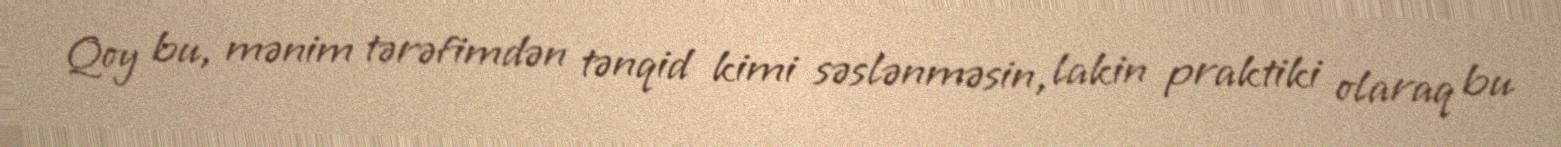
Qoy bu, mənim tərəfimdən tənqid kimi səslənməsin, lakin praktiki olaraq bu